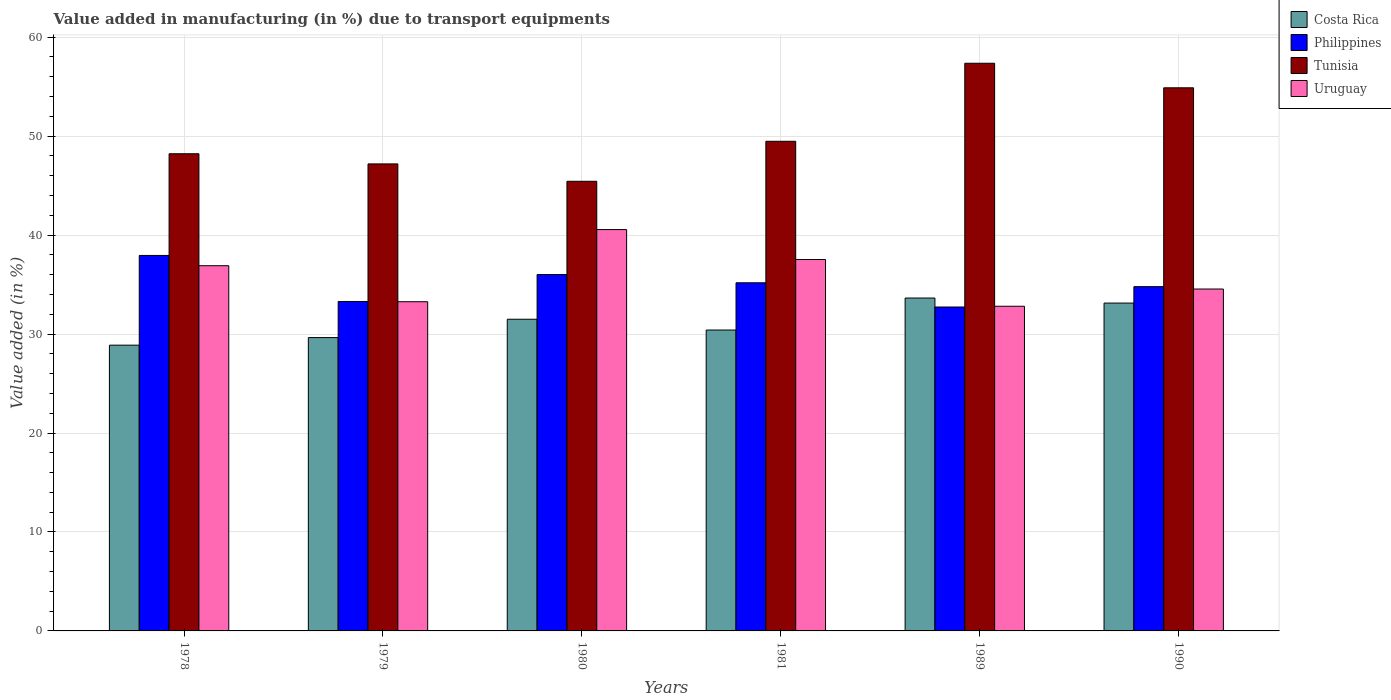
| Years | Costa Rica | Philippines | Tunisia | Uruguay |
 | --- | --- | --- | --- | --- |
 | 1978 | 28.9 | 37.9 | 48.2 | 36.9 |
 | 1979 | 29.6 | 33.3 | 47.2 | 33.3 |
 | 1980 | 31.5 | 36 | 45.4 | 40.6 |
 | 1981 | 30.4 | 35.2 | 49.5 | 37.5 |
 | 1989 | 33.6 | 32.7 | 57.4 | 32.8 |
 | 1990 | 33.1 | 34.8 | 54.9 | 34.5 |